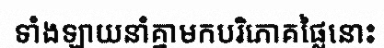
ទាំងឡាយនាំគ្នាមកបរិភោគផ្លៃនោះ